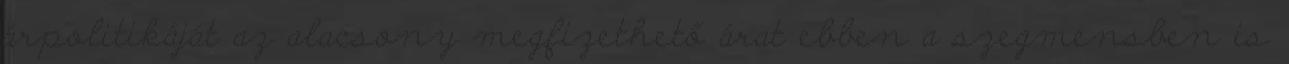
árpolitikáját az alacsony megfizethető árat ebben a szegmensben is